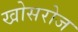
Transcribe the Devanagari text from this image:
खोसरोज